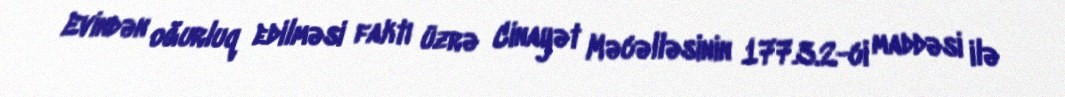
Evindən oğurluq edilməsi faktı üzrə Cinayət Məcəlləsinin 177.3.2-ci maddəsi ilə